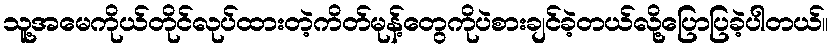
သူ့အမေကိုယ်တိုင်လုပ်ထားတဲ့ကိတ်မုန့်တွေကိုပဲစားချင်ခဲ့တယ်လို့ပြောပြခဲ့ပါတယ်။